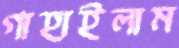
গাহাইলাম